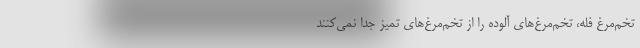
تخم‌مرغ فله، تخم‌مرغ‌های آلوده را از تخم‌مرغ‌های تمیز جدا نمی‌کنند